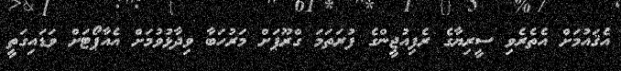
އެޤައުމަށް އެތެރެވި ސީރިޔާގެ ރެފިއުޖީންގެ ފުރަތަމަ ގްރޫޕަށް މަރުހަބާ ވިދާޅުވުމަށް އެއާޕޯޓަށް ވަޑައިގަތީ